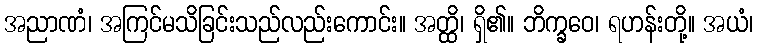
အညာဏံ၊ အကြင်မသိခြင်းသည်လည်းကောင်း။ အတ္ထိ၊ ရှိ၏။ ဘိက္ခဝေ၊ ရဟန်းတို့။ အယံ၊